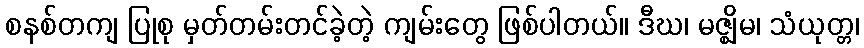
စနစ်တကျ ပြုစု မှတ်တမ်းတင်ခဲ့တဲ့ ကျမ်းတွေ ဖြစ်ပါတယ်။ ဒီဃ၊ မဇ္ဈိမ၊ သံယုတ္တ၊